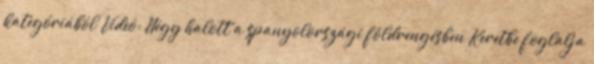
kategóriából Videó: Négy halott a spanyolországi földrengésben Keretbe foglalja